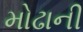
મોઢાની